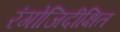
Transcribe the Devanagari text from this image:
रंगोजिदीक्षित